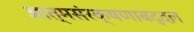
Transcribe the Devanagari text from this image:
आत्मसंरक्षणाबद्दल